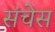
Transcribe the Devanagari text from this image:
संचेस